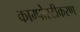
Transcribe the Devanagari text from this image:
काम्पोस्टीकरण